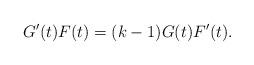
LaTeX: \begin{align*}G'(t)F(t) = (k-1)G(t)F'(t).\end{align*}